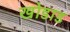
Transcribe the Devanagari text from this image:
खोडाड